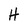
Character: H